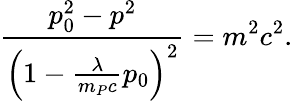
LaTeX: \frac{p_{0}^{2}-p^{2}}{\left(1-\frac{\lambda}{m_{P}c}p_{0}\right)^{2}}=m^{2}c^{2}.